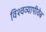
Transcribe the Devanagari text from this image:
विश्वव्यापीवेब